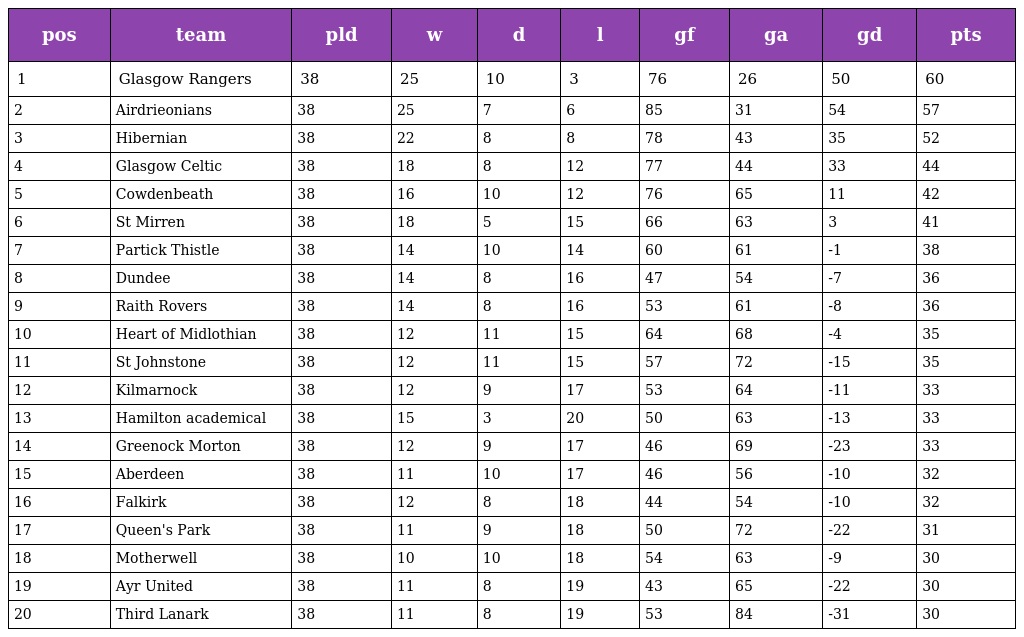
| pos | team | pld | w | d | l | gf | ga | gd | pts |
 | --- | --- | --- | --- | --- | --- | --- | --- | --- | --- |
 | 1 | Glasgow Rangers | 38 | 25 | 10 | 3 | 76 | 26 | 50 | 60 |
 | 2 | Airdrieonians | 38 | 25 | 7 | 6 | 85 | 31 | 54 | 57 |
 | 3 | Hibernian | 38 | 22 | 8 | 8 | 78 | 43 | 35 | 52 |
 | 4 | Glasgow Celtic | 38 | 18 | 8 | 12 | 77 | 44 | 33 | 44 |
 | 5 | Cowdenbeath | 38 | 16 | 10 | 12 | 76 | 65 | 11 | 42 |
 | 6 | St Mirren | 38 | 18 | 5 | 15 | 66 | 63 | 3 | 41 |
 | 7 | Partick Thistle | 38 | 14 | 10 | 14 | 60 | 61 | -1 | 38 |
 | 8 | Dundee | 38 | 14 | 8 | 16 | 47 | 54 | -7 | 36 |
 | 9 | Raith Rovers | 38 | 14 | 8 | 16 | 53 | 61 | -8 | 36 |
 | 10 | Heart of Midlothian | 38 | 12 | 11 | 15 | 64 | 68 | -4 | 35 |
 | 11 | St Johnstone | 38 | 12 | 11 | 15 | 57 | 72 | -15 | 35 |
 | 12 | Kilmarnock | 38 | 12 | 9 | 17 | 53 | 64 | -11 | 33 |
 | 13 | Hamilton academical | 38 | 15 | 3 | 20 | 50 | 63 | -13 | 33 |
 | 14 | Greenock Morton | 38 | 12 | 9 | 17 | 46 | 69 | -23 | 33 |
 | 15 | Aberdeen | 38 | 11 | 10 | 17 | 46 | 56 | -10 | 32 |
 | 16 | Falkirk | 38 | 12 | 8 | 18 | 44 | 54 | -10 | 32 |
 | 17 | Queen's Park | 38 | 11 | 9 | 18 | 50 | 72 | -22 | 31 |
 | 18 | Motherwell | 38 | 10 | 10 | 18 | 54 | 63 | -9 | 30 |
 | 19 | Ayr United | 38 | 11 | 8 | 19 | 43 | 65 | -22 | 30 |
 | 20 | Third Lanark | 38 | 11 | 8 | 19 | 53 | 84 | -31 | 30 |